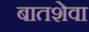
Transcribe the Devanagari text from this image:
बातशेवा